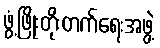
ဖွံ့ဖြိုးတိုးတက်ရေးအဖွဲ့